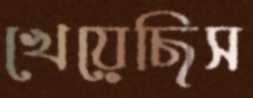
খেয়েছিস